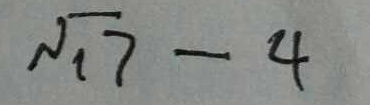
\sqrt { 1 7 } - 4